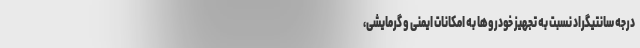
درجه سانتیگراد نسبت به تجهیز خودروها به امکانات ایمنی و گرمایشی،